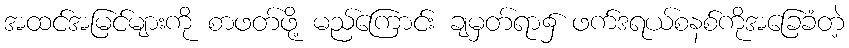
အထင်အမြင်များကို စာဖတ်ဖို့ မည်ကြောင်း ချမှတ်ရာ၌ ဖက်ဒရယ်စနစ်ကိုအခြေခံတဲ့